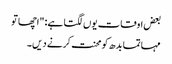
بعض اوقات یوں لگتا ہے: "اچھا تو
مہاتما بدھ کو محنت کرنے دیں۔